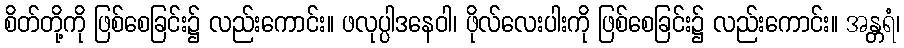
စိတ်တို့ကို ဖြစ်စေခြင်း၌ လည်းကောင်း။ ဖလုပ္ပါဒနေဝါ၊ ဖိုလ်လေးပါးကို ဖြစ်စေခြင်း၌ လည်းကောင်း။ အန္တရံ၊